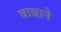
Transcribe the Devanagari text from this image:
वाद्याने